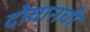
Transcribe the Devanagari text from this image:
दोघानची